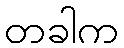
တခါက